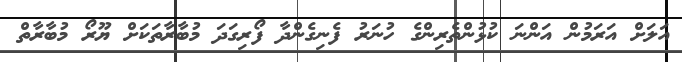
އަލަށް އަރަމުން އަންނަ ކުޅުންތެރިންގެ ހުނަރު ފެނިގެންދާ ފޯރިގަދަ މުބާރާތަކަށް ޔޫރޯ މުބާރާތް